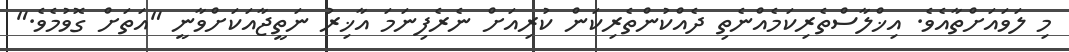
މި ލަވައަށްތާއެވެ. އިޚްލާސްތެރިކަމެއްނެތި ދެއްކުންތެރިކަން ކުރިއަށް ނެރެފިނަމަ އާޚިރު ނަތީޖާއަކަށްވާނީ "އަތަށް ގޮވުމެވެ."